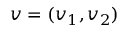
\boldsymbol { v } = ( v _ { 1 } , v _ { 2 } )